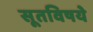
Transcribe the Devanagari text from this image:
सूतविषये